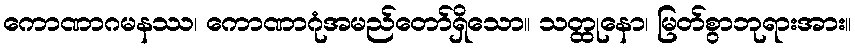
ကောဏာဂမနဿ၊ ကောဏာဂုံအမည်တော်ရှိသော။ သတ္ထုနော၊ မြတ်စွာဘုရားအား။